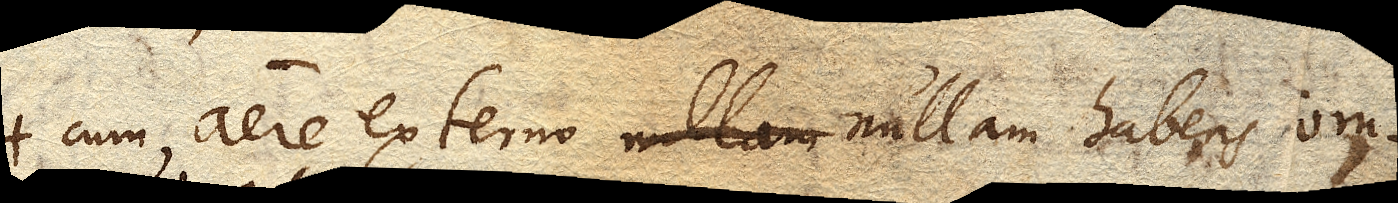
cum aere externo nullam habens